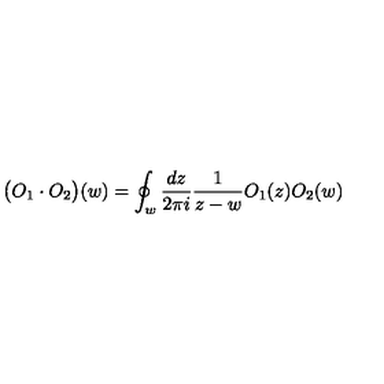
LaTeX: \big ( O _ { 1 } \cdot O _ { 2 } \big ) ( w ) = \oint _ { w } \frac { d z } { 2 \pi i } \frac { 1 } { z - w } O _ { 1 } ( z ) O _ { 2 } ( w )